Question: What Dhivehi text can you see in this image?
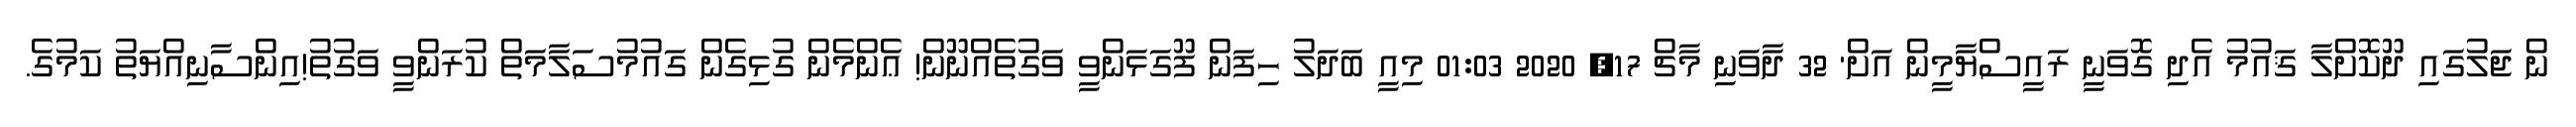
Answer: ން ޖަލުގައި ދޫކޮށްލާ ޤައުމު އެދި ގޮވަނީ ރައީސްޔާމީން އަށް' 32 ދާވަނި މާޗް 17, 2020 01:03 މިއީ ބަދަލު ހިފަން ފޫގަޅަންވީ ވަގުތެއްނޫން! ޢެންމެން ގުޅިގެން ގައުމުސަލާމަތް ކުރަންވީ ވަގުތު!އިންސާނިއްޔަތު ކަމުގެ.